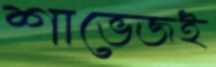
শাভেজই